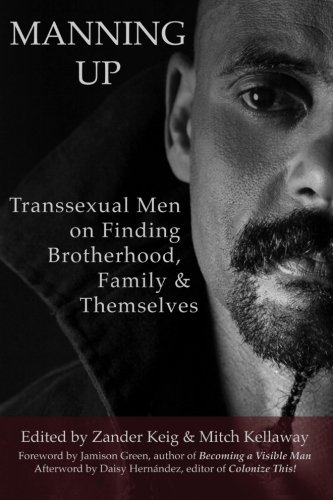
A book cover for Manning Up: Transsexual Men on Finding Brotherhood, Family and Themselves; Gay & Lesbian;